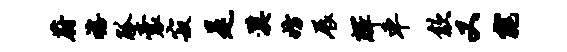
蔚禧觚囊寂是漠妨展辉车歙又窕